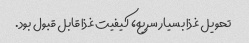
تحویل غذا بسیار سریع، کیفیت غذا قابل قبول بود.